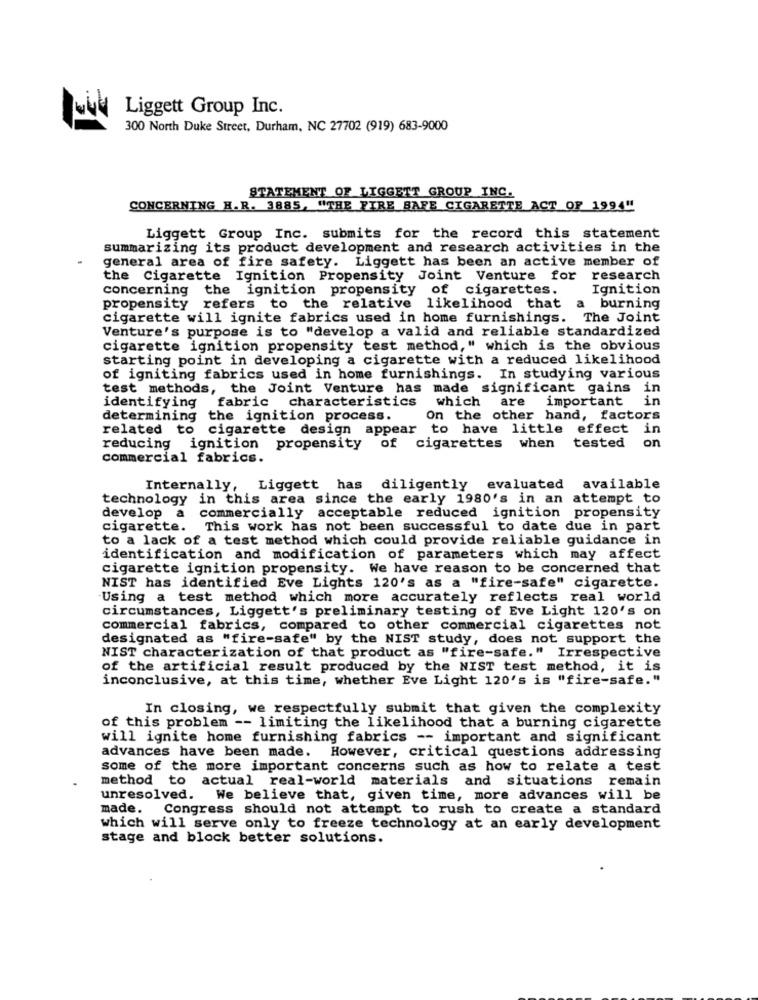
Liggett Group Inc.
300 North Duke Street, Durham, NC 27702 (919) 683-9000
STATEMENT OF LIGGETT GROUP INC.
CONCERNING H.R. 3885, "THE FIRE BAFE CIGARETTE ACT OF 1994"
Liggett Group Inc. submits for the record this statement
summarizing its product development and research activities in the
general area of fire safety. Liggett has been an active member of
the Cigarette Ignition Propensity Joint Venture for research
concerning the ignition propensity of cigarettes.
Ignition
propensity refers to the relative likelihood that a burning
cigarette will ignite fabrics used in home furnishings. The Joint
Venture's purpose is to "develop a valid and reliable standardized
cigarette ignition propensity test method," which is the obvious
starting point in developing a cigarette with a reduced likelihood
of igniting fabrics used in home furnishings. In studying various
test methods, the Joint Venture has made significant gains in
are important
in
identifying fabric characteristics which
determining the ignition process.
On the other hand, factors
related to cigarette design appear to have little effect in
reducing ignition propensity of cigarettes when
tested on
commercial fabrics.
Internally, Liggett has diligently evaluated available
technology in this area since the early 1980's in an attempt to
develop a commercially acceptable reduced ignition propensity
cigarette.
This work has not been successful to date due in part
to a lack of a test method which could provide reliable guidance in
identification and modification of parameters which may affect
cigarette ignition propensity. We have reason to be concerned that
NIST has identified Eve Lights 120's as a "fire-safe" cigarette.
Using a test method which more accurately reflects real world
circumstances, Liggett's preliminary testing of Eve Light 120's on
commercial fabrics, compared to other commercial cigarettes not
designated as "fire-safe" by the NIST study, does not support the
NIST characterization of that product as "fire-safe." Irrespective
of the artificial result produced by the NIST test method, it is
inconclusive, at this time, whether Eve Light 120's is "fire-safe."
In closing, we respectfully submit that given the complexity
of this problem -- limiting the likelihood that a burning cigarette
will ignite home furnishing fabrics -- important and significant
advances have been made. However, critical questions addressing
some of the more important concerns such as how to relate a test
method to actual real-world materials and situations remain
unresolved.
We believe that, given time, more advances will be
made.
Congress should not attempt to rush to create a standard
which will serve only to freeze technology at an early development
stage and block better solutions.